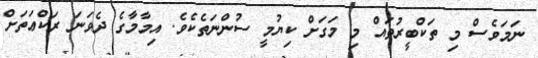
ނަމަވެސް މި ތަކްބީރުތައް މި މަގަށް ކިޔުމީ ސުންނަތެކެވެ. އިމާމާގެ ދެވަނަ ރަކްޢަތަށް